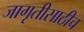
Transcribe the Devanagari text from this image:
जागृतीसाठीच